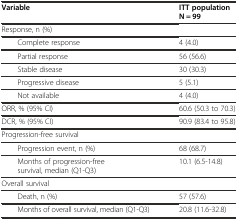
| Variable | ITT population N = 99 |
 | --- | --- |
 | Response, n (%) |  |
 | Complete response | 4 (4.0) |
 | Partial response | 56 (56.6) |
 | Stable disease | 30 (30.3) |
 | Progressive disease | 5 (5.1) |
 | Not available | 4 (4.0) |
 | ORR, % (95% CI) | 60.6 (50.3 to 70.3) |
 | DCR, % (95% CI) | 90.9 (83.4 to 95.8) |
 | Progression-free survival |  |
 | Progression event, n (%) | 68 (68.7) |
 | Months of progression-free survival, median (Q1-Q3) | 10.1 (6.5-14.8) |
 | Overall survival |  |
 | Death, n (%) | 57 (57.6) |
 | Months of overall survival, median (Q1-Q3) | 20.8 (11.6-32.8) |